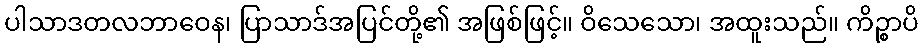
ပါသာဒတလဘာဝေန၊ ပြာသာဒ်အပြင်တို့၏ အဖြစ်ဖြင့်။ ဝိသေသော၊ အထူးသည်။ ကိဉ္စာပိ